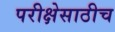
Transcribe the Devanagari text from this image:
परीक्षेसाठीच